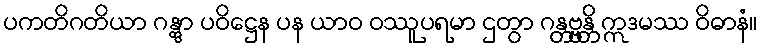
ပကတိဂတိယာ ဂန္တွာ ပဝိဋ္ဌေန ပန ယာဝ ဝဿူပရမာ ဌတွာ ဂန္တဗ္ဗန္တိ ဣဒမဿ ဝိဓာနံ။